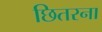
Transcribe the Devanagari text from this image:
छितरना